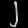
Digit: ၂